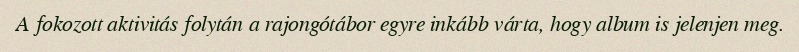
A fokozott aktivitás folytán a rajongótábor egyre inkább várta, hogy album is jelenjen meg.